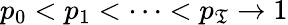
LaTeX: p_{0}<p_{1}<\dots<p_{\mathfrak{T}}\rightarrow1